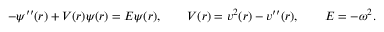
\begin{array} { r } { - \psi ^ { \prime \prime } ( r ) + V ( r ) \psi ( r ) = { \cal E } \psi ( r ) , \qquad V ( r ) = v ^ { 2 } ( r ) - v ^ { \prime \prime } ( r ) , \qquad { \cal E } = - \omega ^ { 2 } . } \end{array}